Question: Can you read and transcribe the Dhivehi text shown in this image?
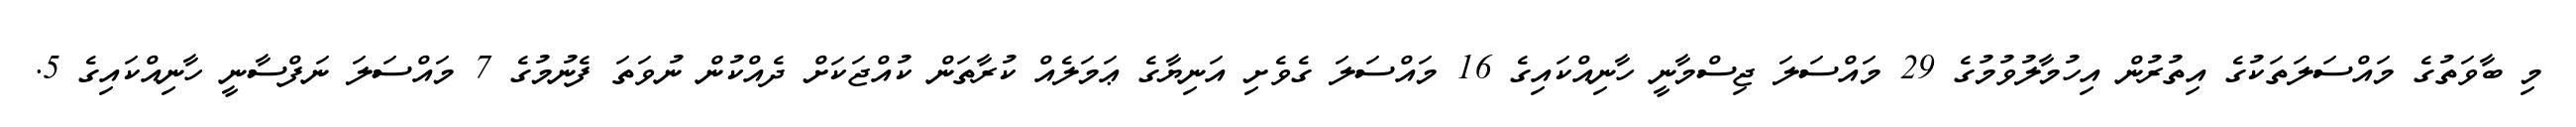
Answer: މި ބާވަތުގެ މައްސަލަތަކުގެ އިތުރުން އިހުމާލުވުމުގެ 29 މައްސަލަ ޖިސްމާނީ ހާނިއްކައިގެ 16 މައްސަލަ ގެވެށި އަނިޔާގެ ޢަމަލެއް ކުރާތަން ކުއްޖަކަށް ދެއްކުން ނުވަތަ ފެނުމުގެ 7 މައްސަލަ ނަފްސާނީ ހާނިއްކައިގެ 5.